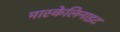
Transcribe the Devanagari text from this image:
मास्केलिनाइट